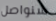
سنواصل